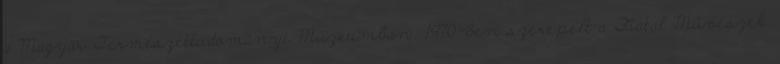
a Magyar Természettudományi Múzeumban. 1970-ben szerepelt a Fiatal Művészek